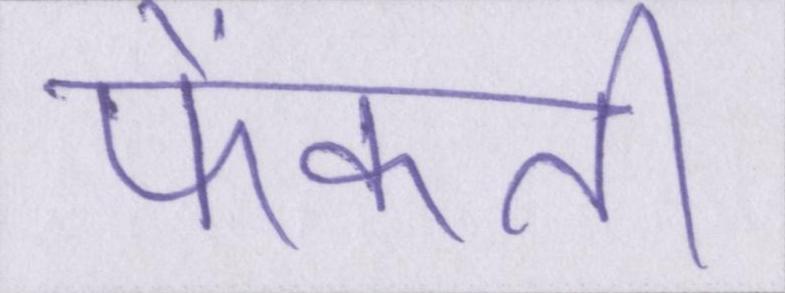
फेंकती